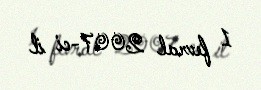
1 fevral 2007-ci il